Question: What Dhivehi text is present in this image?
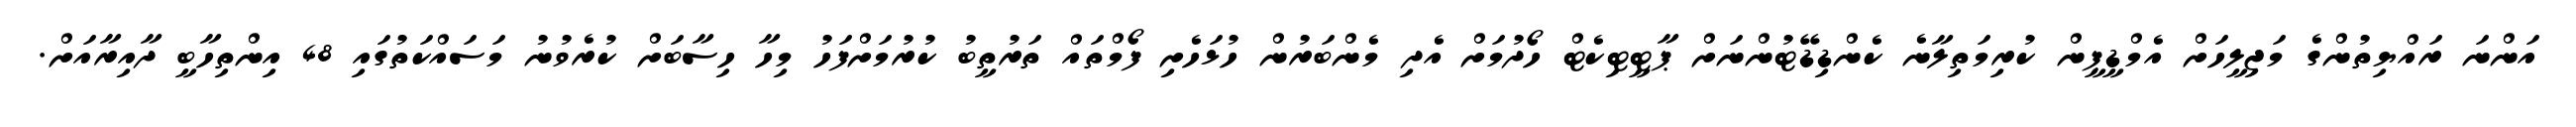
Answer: އަންނަ ރައްޔިތުންގެ މަޖިލީހަށް އެމްޑީޕީން ކުރިމަތިލާނެ ކެންޑިޑޭޓުންނަށް ޕާޓީޓިކެޓް ހޯދުމަށް އެދި މެންބަރުން ހުޅަހެށި ފޯމްތައް ތަރުތީބު ކުރުމަށްފަހު މިހާ ހިސާބަށް ކުރެވުނު މަސައްކަތުގައި 48 އިންތިހާބީ ދާއިރާއަށް.